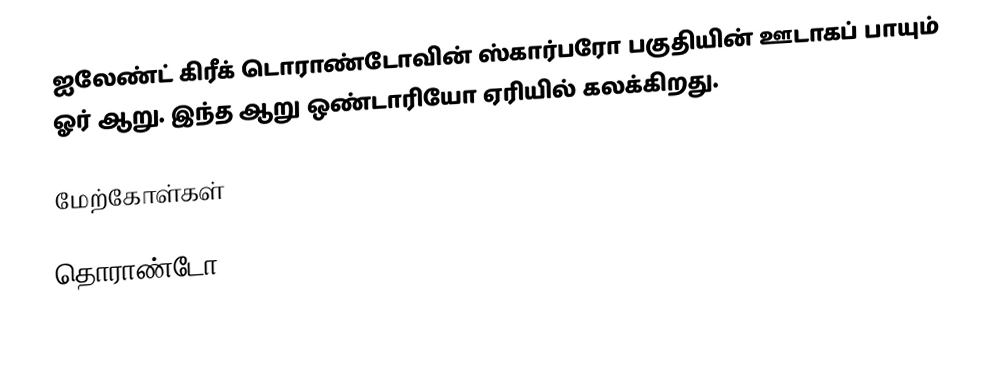
ஐலேண்ட் கிரீக் டொராண்டோவின் ஸ்கார்பரோ பகுதியின் ஊடாகப் பாயும் ஓர் ஆறு. இந்த ஆறு ஒண்டாரியோ ஏரியில் கலக்கிறது.

மேற்கோள்கள்

தொராண்டோ